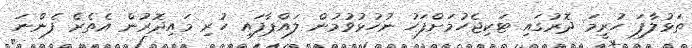
ތަޅުލާފަ ހުރީމަ ދޮރުގައި ޓަކިޖެހުމަށްފަހު ނުހުޅުވުމުން ލައްޕާފައި ހުރި މަައިދޮރުން އެތެރެ ފެންނަ